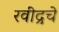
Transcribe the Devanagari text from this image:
रवींद्रचे